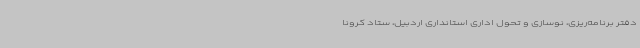
دفتر برنامه‌ریزی، نوسازی و تحول اداری استانداری اردبیل، ستاد کرونا